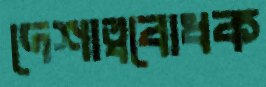
দেশাত্ববোধক